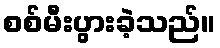
စစ်မီးပွားခဲ့သည်။